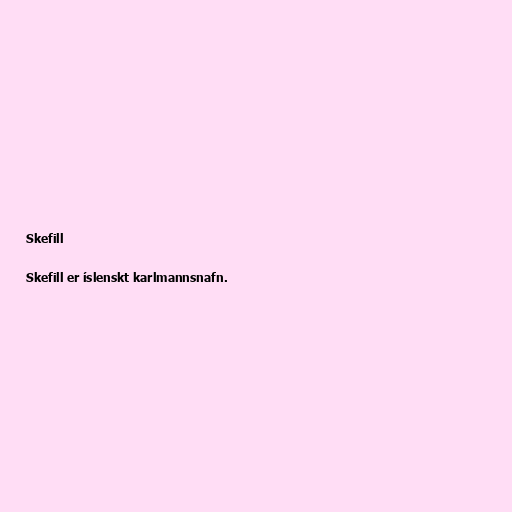
Skefill

Skefill er íslenskt karlmannsnafn.